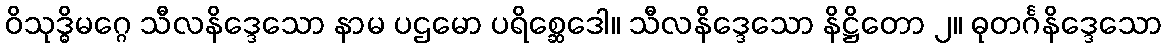
ဝိသုဒ္ဓိမဂ္ဂေ သီလနိဒ္ဒေသော နာမ ပဌမော ပရိစ္ဆေဒေါ။ သီလနိဒ္ဒေသော နိဋ္ဌိတော ၂။ ဓုတင်္ဂနိဒ္ဒေသော